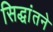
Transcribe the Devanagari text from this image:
सिद्धांतने